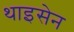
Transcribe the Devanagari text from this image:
थाइसेन